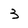
Character: 3